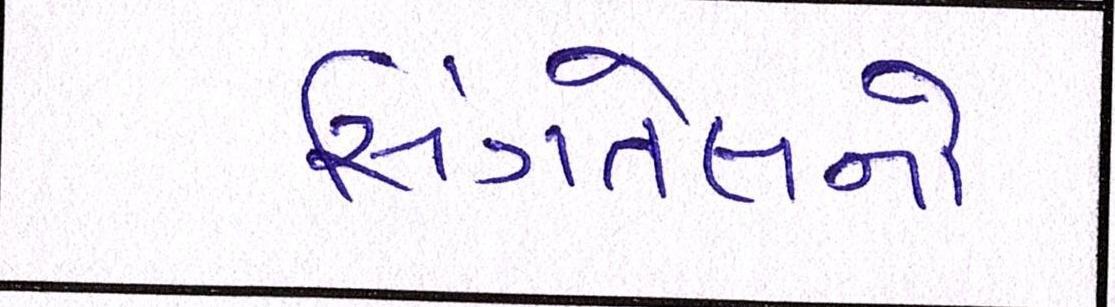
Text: સિંગતેલનો